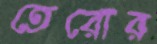
তেরোর